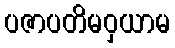
ပဇာပတိမဝှယာမ